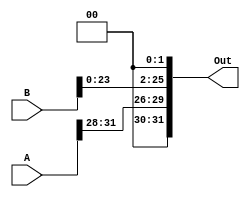
module PCAdderJump(A, B, Out);
    input [31:0] A;
    input [25:0] B;
    output [31:0] Out;
    assign Out = {A[31:28], (B << 2)};
endmodule